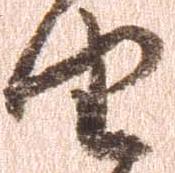
由